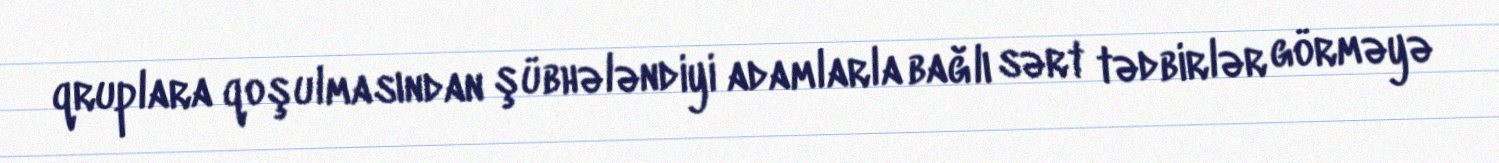
qruplara qoşulmasından şübhələndiyi adamlarla bağlı sərt tədbirlər görməyə